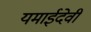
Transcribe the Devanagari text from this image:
यमाईदेवी